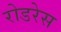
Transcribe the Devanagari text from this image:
रोडरेस